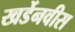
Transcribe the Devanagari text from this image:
खर्डेनवीस